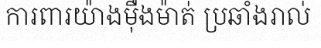
ការពារយ៉ាងម៉ឺងម៉ាត់ ប្រឆាំងរាល់